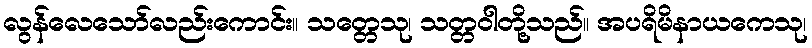
လွန်လေသော်လည်းကောင်း။ သတ္တေသု၊ သတ္တဝါတို့သည်။ အပရိမိနာယကေသု၊